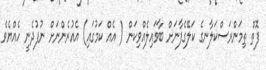
ފޮތް ތިމަންރަސްކަލާނގެ ކަލޭގެފާނަށް ބާވައިލެއްވިކަން ( އެއް ކަމުގައި) އެއުރެންނަށް ނުފުދެނީ ހެއްޔެވެ